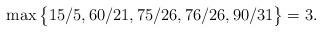
LaTeX: \begin{align*} \max \big\{ 15/5, 60/21, 75/26, 76/26, 90/31 \big\} = 3.\end{align*}